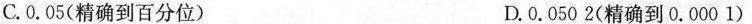
C.0.05(精确到百分位) D.0.0502(精确到0.0001)